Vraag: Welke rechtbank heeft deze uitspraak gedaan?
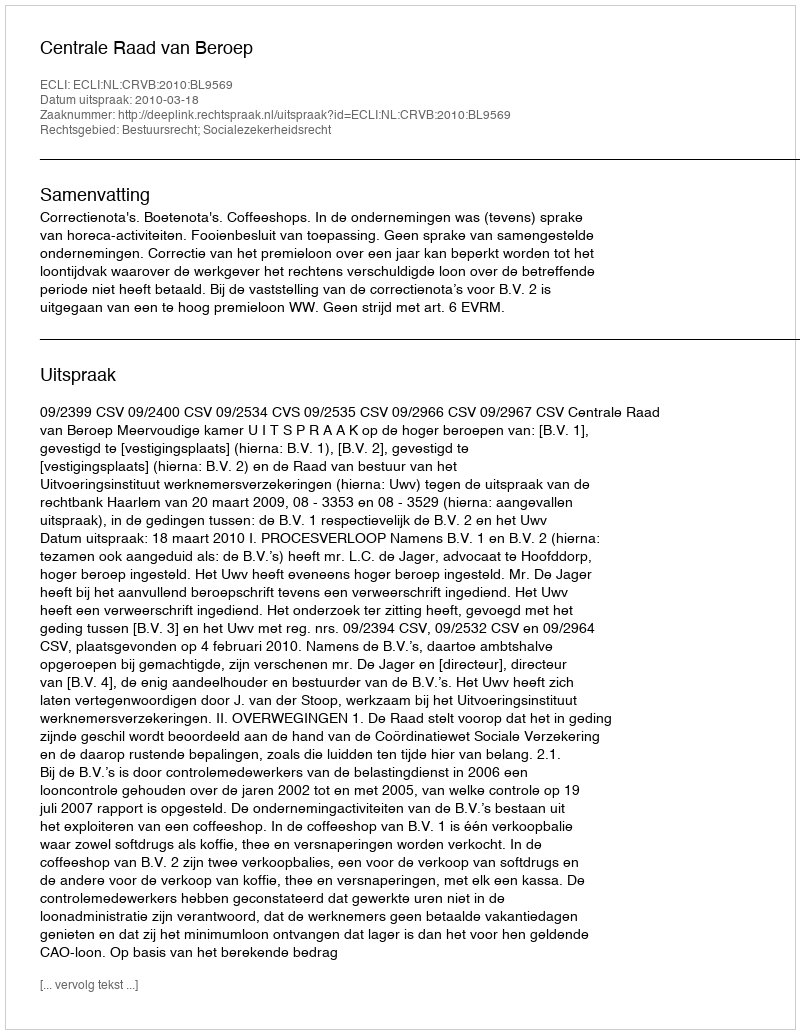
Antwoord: Centrale Raad van Beroep